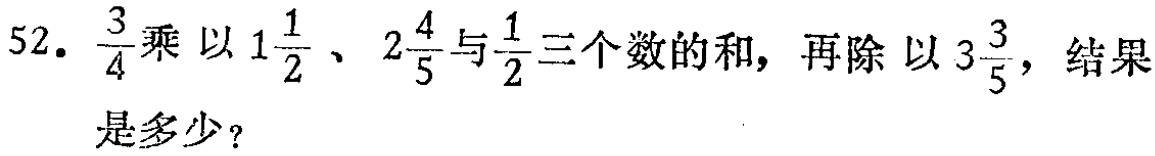
52. $\frac{3}{4}$乘以$1\frac{1}{2}$、$2\frac{4}{5}$与$\frac{1}{2}$三个数的和，再除以$3\frac{3}{5}$，结果是多少？